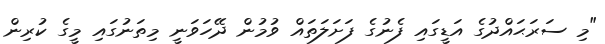
"މި ސަރަޙައްދުގެ އަޑީގައި ފެނުގެ ފަށަލަތައް ވުމުން ދޭހަވަނީ މިތަނުގައި މީގެ ކުރިން